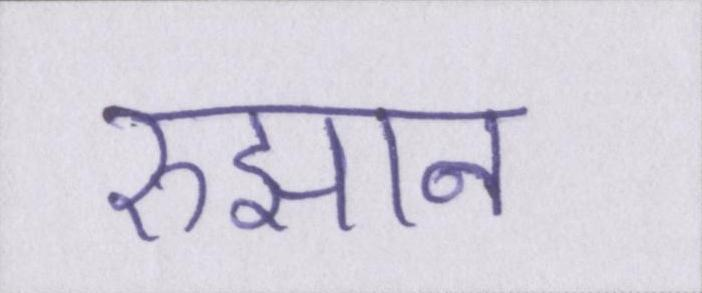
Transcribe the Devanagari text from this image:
रुझान